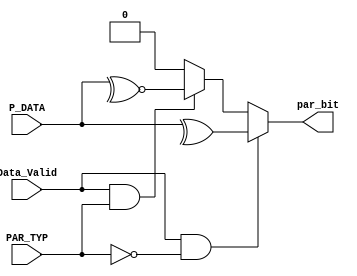
module PARITY_CALC #(parameter OP_WIDTH = 8)
(
    input   wire   [OP_WIDTH-1:0]   P_DATA,
    input   wire                    Data_Valid,
    input   wire                    PAR_TYP,
    output  reg                     par_bit 
);
always @ (*)
begin
    if(Data_Valid && !PAR_TYP)     //even parity
    begin
        par_bit = ^P_DATA;
    end
    else if(Data_Valid && PAR_TYP)  //odd parity
    begin
        par_bit = ~^P_DATA;
    end
    else
    begin
        par_bit = 'b0;
    end
end
endmodule